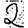
Digit: 2